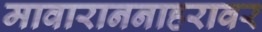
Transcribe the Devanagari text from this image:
मावाराननाहरावर